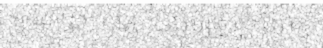
។ មកដល់ ពេល បច្ចុប្បន្ន អ្នកនិពន្ធ